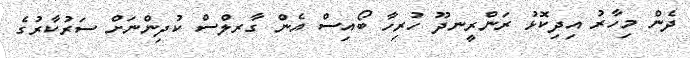
ދެން މިހާރު އިދިކޮޅު ރަންރީނދޫ ހުރިހާ ބޯއިސް އެން ގާރލްސް ކުދިންނަށް ސަރުކާރުގެ